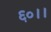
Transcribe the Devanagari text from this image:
६०।।